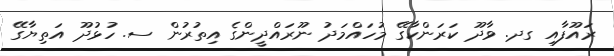
ރައޫފާއި ގދ. ވާދޫ ކަރަންކާގޭ މުހައްމަދު ނޫރައްދީންގެ އިތުރުން ސ. ހުޅުދޫ އަތިޔާގޭ